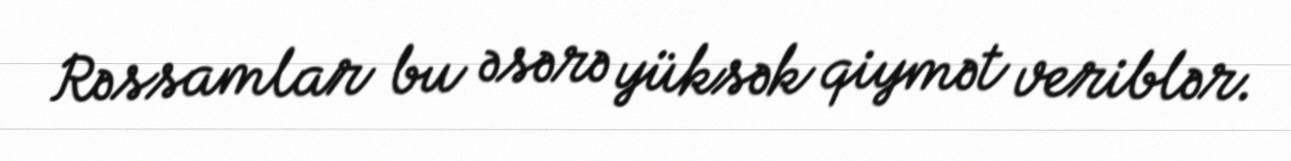
Rəssamlar bu əsərə yüksək qiymət veriblər.